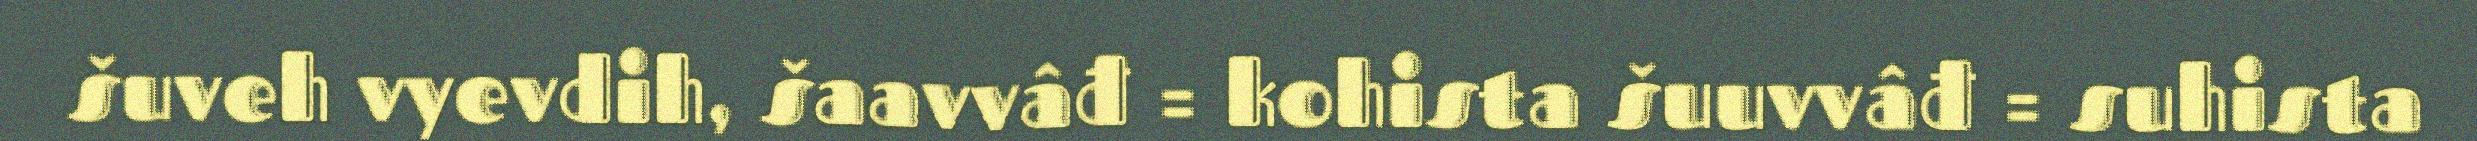
šuveh vyevdih, šaavvâđ = kohista šuuvvâđ = suhista